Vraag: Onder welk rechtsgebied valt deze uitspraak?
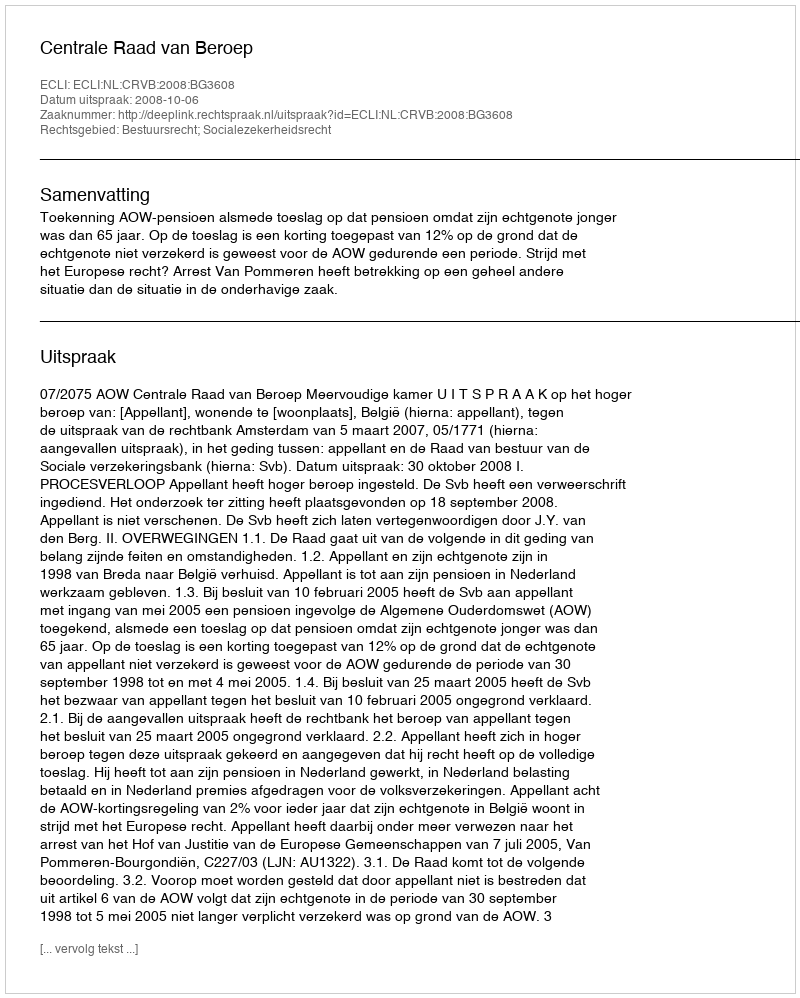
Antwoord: Bestuursrecht; Socialezekerheidsrecht